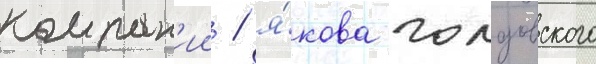
компан'ии / я́кова голдовского